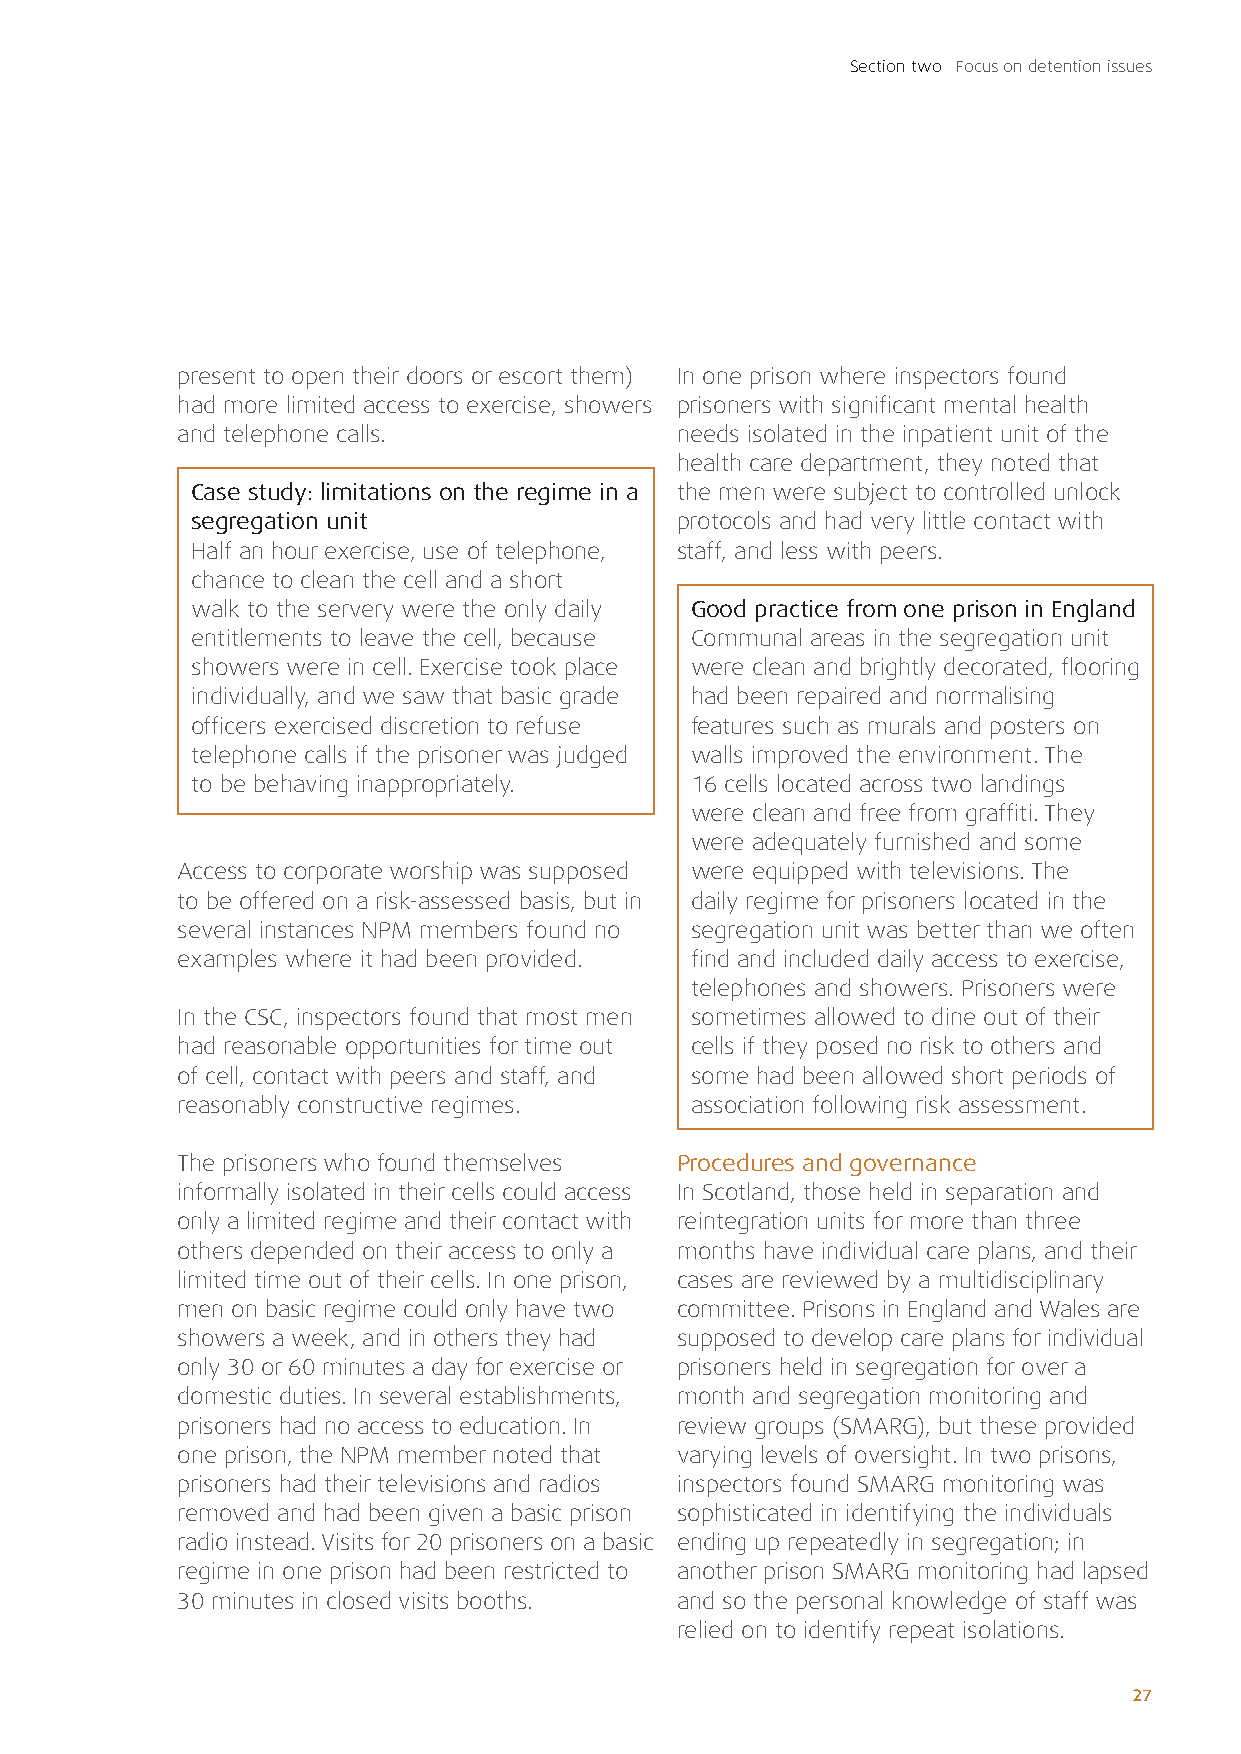
Section two Focus on detention issues
 present to open their doors or escort them) In one prison where inspectors found
 had more limited access to exercise, showers prisoners with significant mental health
 and telephone calls.             needs isolated in the inpatient unit of the
 health care department, they noted that
 Case study: limitations on the regime in a the men were subject to controlled unlock
 segregation unit                protocols and had very little contact with
 Half an hour exercise, use of telephone, staff, and less with peers.
 chance to clean the cell and a short
 walk to the servery were the only daily Good practice from one prison in England
 entitlements to leave the cell, because Communal areas in the segregation unit
 showers were in cell. Exercise took place were clean and brightly decorated, flooring
 individually, and we saw that basic grade had been repaired and normalising
 officers exercised discretion to refuse features such as murals and posters on
 telephone calls if the prisoner was judged walls improved the environment. The
 to be behaving inappropriately.  16 cells located across two landings
 were clean and free from graffiti. They
 were adequately furnished and some
 Access to corporate worship was supposed were equipped with televisions. The
 to be offered on a risk-assessed basis, but in daily regime for prisoners located in the
 several instances NPM members found no segregation unit was better than we often
 examples where it had been provided. find and included daily access to exercise,
 telephones and showers. Prisoners were
 In the CSC, inspectors found that most men sometimes allowed to dine out of their
 had reasonable opportunities for time out cells if they posed no risk to others and
 of cell, contact with peers and staff, and some had been allowed short periods of
 reasonably constructive regimes.  association following risk assessment.
 The prisoners who found themselves Procedures and governance
 informally isolated in their cells could access In Scotland, those held in separation and
 only a limited regime and their contact with reintegration units for more than three
 others depended on their access to only a months have individual care plans, and their
 limited time out of their cells. In one prison, cases are reviewed by a multidisciplinary
 men on basic regime could only have two committee. Prisons in England and Wales are
 showers a week, and in others they had supposed to develop care plans for individual
 only 30 or 60 minutes a day for exercise or prisoners held in segregation for over a
 domestic duties. In several establishments, month and segregation monitoring and
 prisoners had no access to education. In review groups (SMARG), but these provided
 one prison, the NPM member noted that varying levels of oversight. In two prisons,
 prisoners had their televisions and radios inspectors found SMARG monitoring was
 removed and had been given a basic prison sophisticated in identifying the individuals
 radio instead. Visits for 20 prisoners on a basic ending up repeatedly in segregation; in
 regime in one prison had been restricted to another prison SMARG monitoring had lapsed
 30 minutes in closed visits booths. and so the personal knowledge of staff was
 relied on to identify repeat isolations.
 27